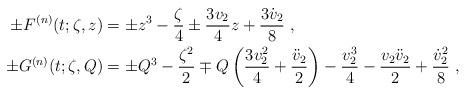
LaTeX: \begin{align*}\begin{aligned}\pm F^{(n)}(t;\zeta,z)&=\pm z^3-\frac{\zeta}{4}\pm\frac{3v_2}{4}z+\frac{3\dot{v}_2}{8}\ ,\\\pm G^{(n)}(t;\zeta,Q)&=\pm Q^3-\frac{\zeta^2}{2}\mp Q\left(\frac{3v_2^2}{4}+\frac{\ddot{v}_2}{2}\right)-\frac{v_2^3}{4}-\frac{v_2\ddot{v}_2}{2}+\frac{\dot{v}_2^2}{8}\ ,\end{aligned}\end{align*}